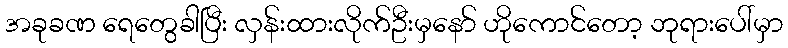
အခုခဏ ရေတွေခါပြီး လှန်းထားလိုက်ဦးမှနော် ဟိုကောင်တော့ ဘုရားပေါ်မှာ